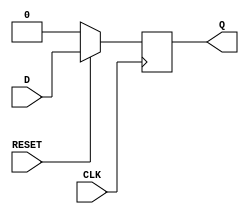
module Flip_Flop(CLK, RESET, D, Q);

  input CLK, RESET, D;
  output Q;
  reg Q;

  always @(posedge CLK)
  begin
    if(!RESET) Q <= 0;
    else Q <= D;
  end

endmodule